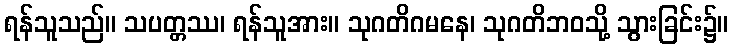
ရန်သူသည်။ သပတ္တဿ၊ ရန်သူအား။ သုဂတိဂမနေ၊ သုဂတိဘဝသို့ သွားခြင်း၌။